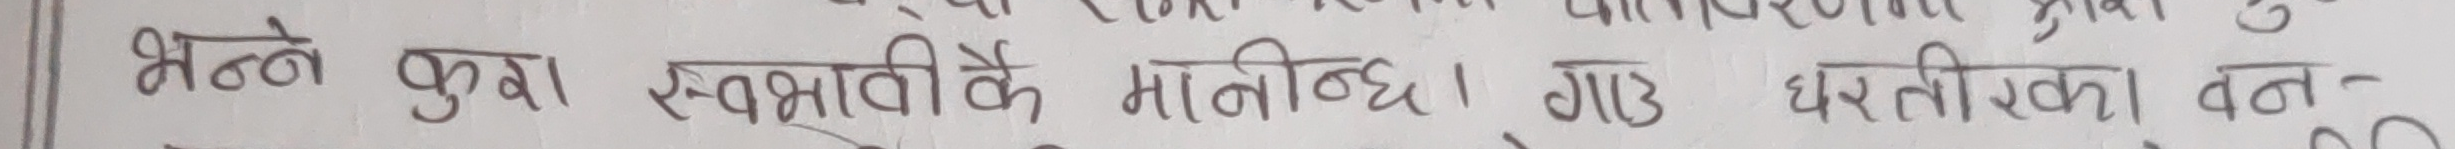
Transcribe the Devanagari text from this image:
भन्ने कुरा स्वभाविकै मानिन्छ । गाउँ घरतीरका वन-